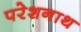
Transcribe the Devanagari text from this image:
परेशनाथ